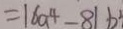
= 1 6 a ^ { 4 } - 8 1 b